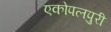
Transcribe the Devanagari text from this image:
एकोपलपुरी